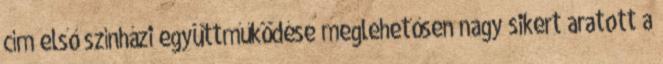
cím első színházi együttműködése meglehetősen nagy sikert aratott a